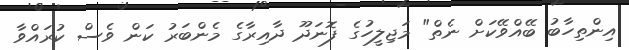
އިންތިހާބު ބޭއްވޭކަށް ނެތް" މަޖިލީހުގެ ފޮނަދޫ ދާއިރާގެ މެންބަރު ކަން ވެސް ކުރައްވާ